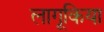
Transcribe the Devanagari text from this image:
लागूकिया